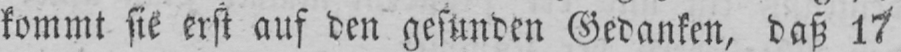
kommt sie erst auf den gesunden Gedanken, daß 17